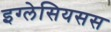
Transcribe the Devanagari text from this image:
इग्लेसियसस